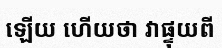
ឡើយ ហើយថា វាផ្ទុយពី